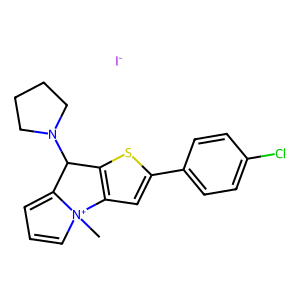
SMILES: C[N+]12C=CC=C1C(N1CCCC1)c1sc(-c3ccc(Cl)cc3)cc12.[I-]
Inhibits HIV replication: No